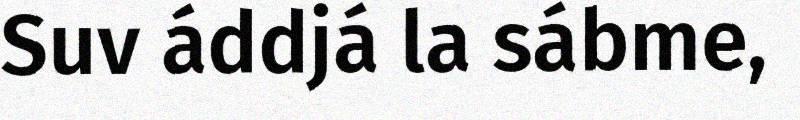
Suv áddjá la sábme,